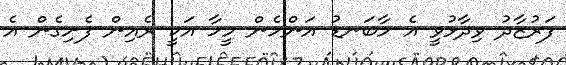
ފަރުޒާދު ވިދާޅުވީ އެ މާބަނޑު އަންހެން މީހާ އަކީ ރެއިން ފެށިގެން އެ